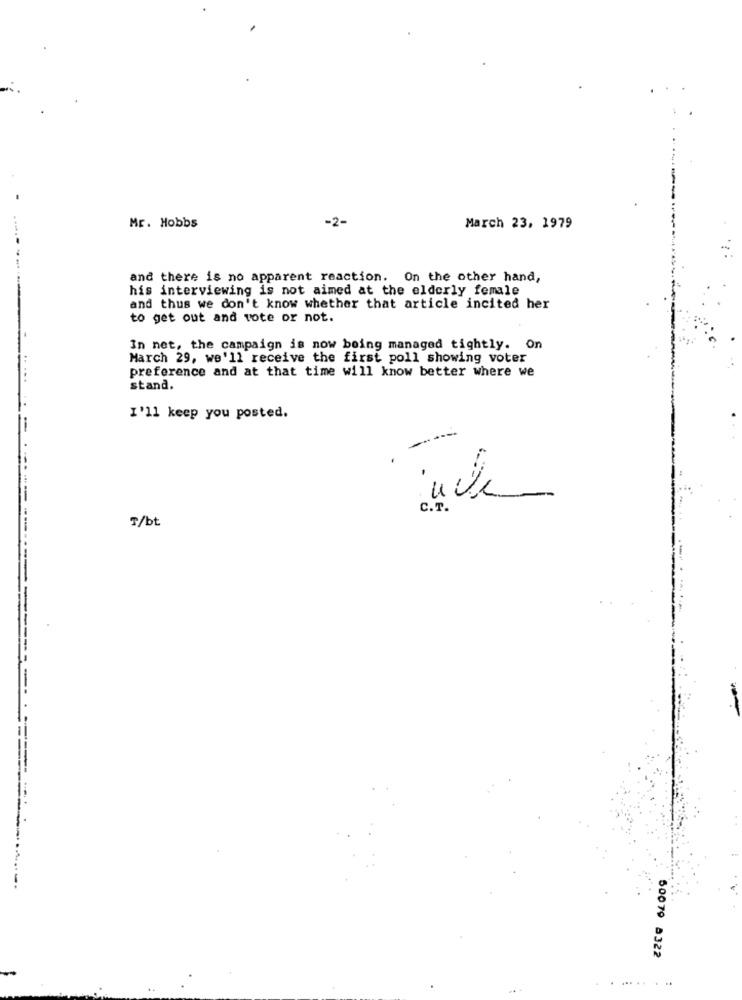
-2-
Mr. Hobbs
March 23, 1979
and there is no apparent reaction. On the other hand,
his interviewing is not aimed at the elderly female
and thus we don't know whether that article incited her
to get out and vote or not.
In net, the campaign is now being managed tightly. On
March 29, we'll receive the first poll showing voter
preference and at that time will know better where we
stand.
I'll keep you posted.
-
-
C.T.
7/bt
50079 8322
... .
. ..